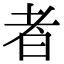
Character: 者